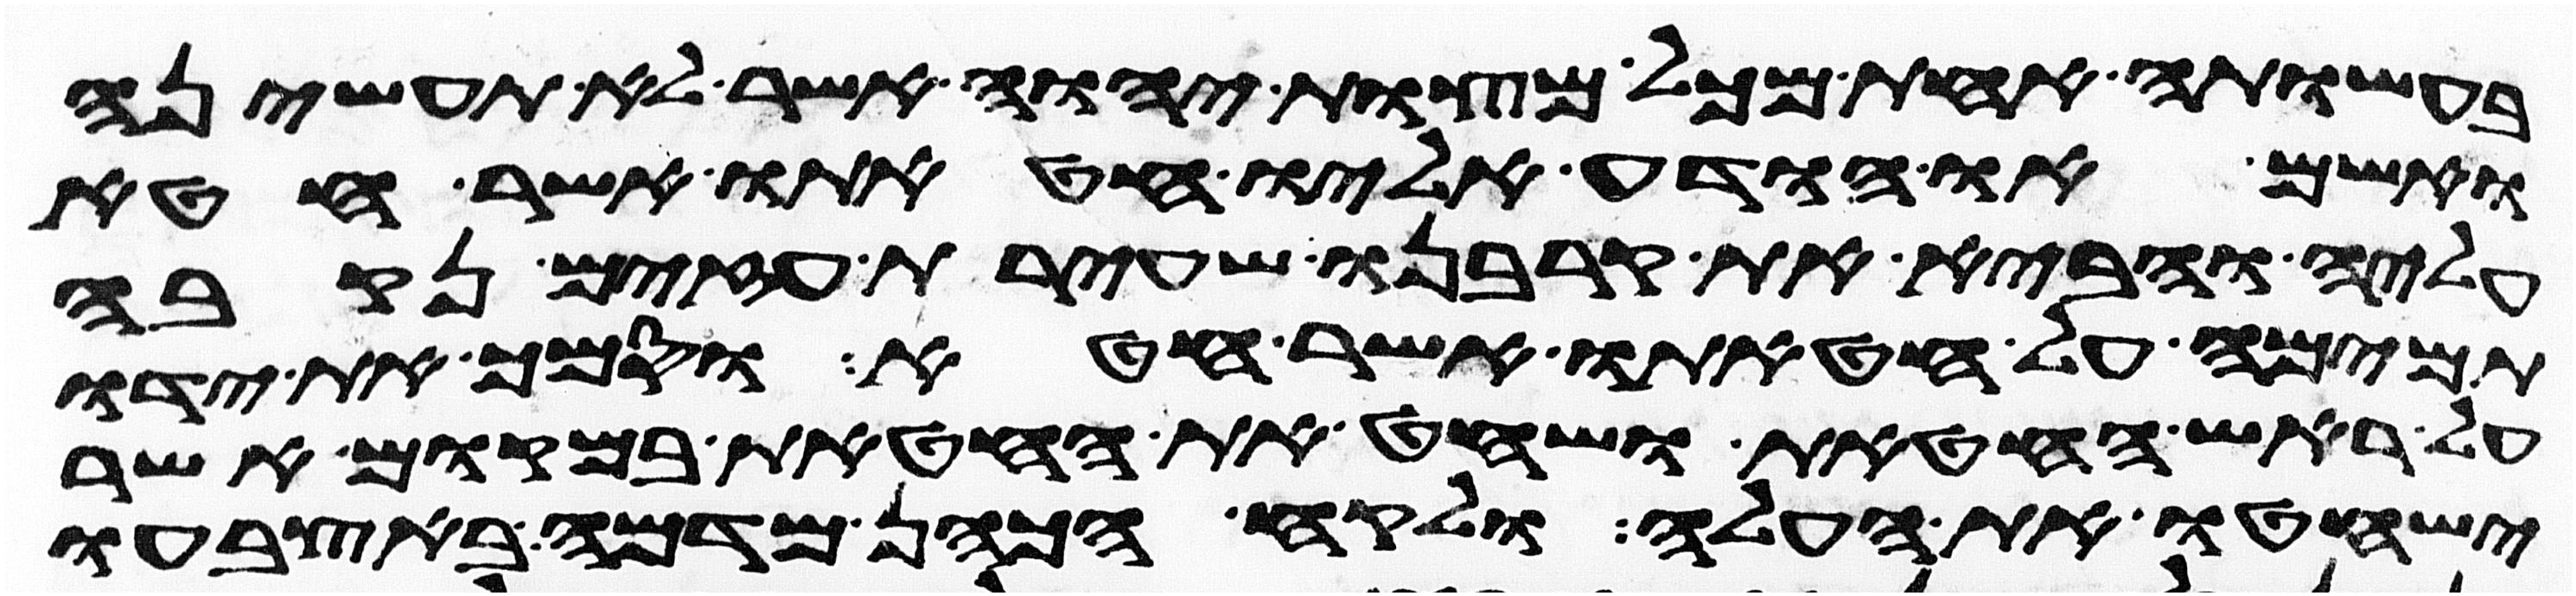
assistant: בעשותה אחת מכל מצות יהוה אשר לא תעשיהן
ואשם או הודע אליו חטאתו אשר חטא
עליה והביא את קרבנו שעירת עזים נקבה
תמימה על חטאתו אשר חטא וסמך את ידו
על ראש החטאת ושחט את החטאת במקום אשר
ישחטו את העלה ולקח הכהן מדמה באצבעו